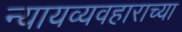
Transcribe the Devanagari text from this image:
न्यायव्यवहाराच्या